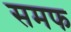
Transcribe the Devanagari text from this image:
समफ